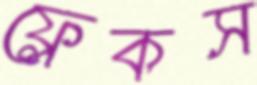
ফ্লেকস